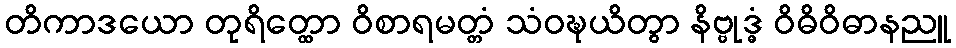
တိကာဒယော တုရိတ္ထော ဝိစာရမတ္တံ သံဝဍ္ဎယိတွာ နိဗ္ဗုဒ္ဓံ ဝိဓိဝိဓာနညူ